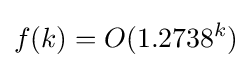
f(k)=O(1.2738^{k})